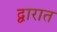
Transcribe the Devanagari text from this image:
द्वारात